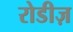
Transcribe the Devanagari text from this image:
रोडीज़